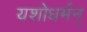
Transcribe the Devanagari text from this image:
यशोधर्मन्‌